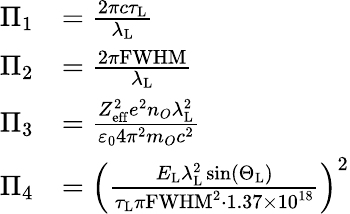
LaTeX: \begin{array}{rl}{\Pi_{1}}&{=\frac{2\pi c\tau_{\mathrm{L}}}{\lambda_{\mathrm{L}}}}\\ {\Pi_{2}}&{=\frac{2\pi\mathrm{FWHM}}{\lambda_{\mathrm{L}}}}\\ {\Pi_{3}}&{=\frac{Z_{\mathrm{eff}}^{2}e^{2}n_{O}\lambda_{\mathrm{L}}^{2}}{\varepsilon_{0}4\pi^{2}m_{O}c^{2}}}\\ {\Pi_{4}}&{=\left(\frac{E_{\mathrm{L}}\lambda_{\mathrm{L}}^{2}\sin\left(\Theta_{\mathrm{L}}\right)}{\tau_{\mathrm{L}}\pi\mathrm{FWHM}^{2}\cdot 1.37\times 10^{18}}\right)^{2}}\end{array}